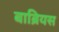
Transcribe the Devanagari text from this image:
बाब्रियस